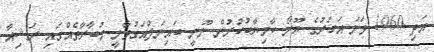
އަދި 1960 ވަނަ އަހަރުގެ ޔޫރޯ ކާމިޔާބުކުރުން ނޫނީ ބައިނަލްއަގުވާމީ މުބާރާތެއްގައި ރަޝިއާ